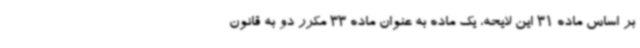
بر اساس ماده 31 این لایحه، یک ماده به عنوان ماده 33 مکرر دو به قانون